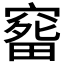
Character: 𥧠